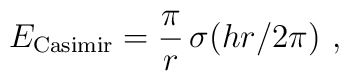
E_{\rm Casimir} = {\pi\over r}\,\sigma({hr/2\pi}) \ ,